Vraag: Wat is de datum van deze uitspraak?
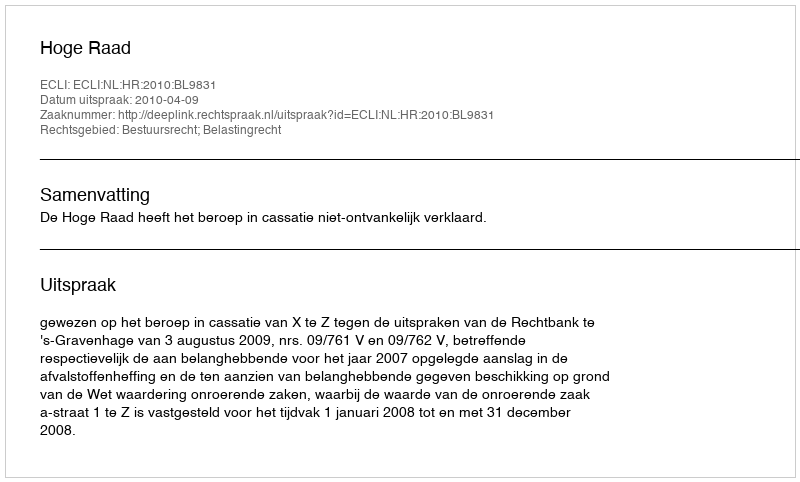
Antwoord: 2010-04-09